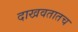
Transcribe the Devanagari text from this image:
दाखवतातच